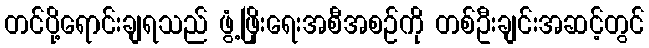
တင်ပို့ရောင်းချရသည် ဖွံ့ဖြိုးရေးအစီအစဉ်ကို တစ်ဦးချင်းအဆင့်တွင်